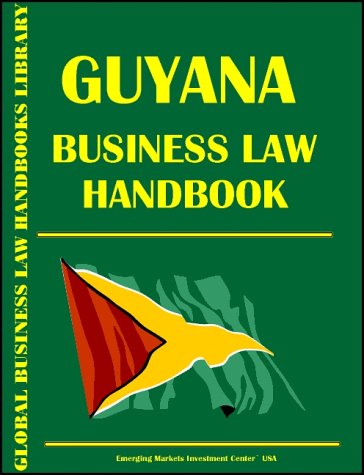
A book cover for Guyana Business Law Handbook; Ibp Usa; Travel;